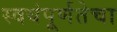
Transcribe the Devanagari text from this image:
स्वयंपूर्णतेचा